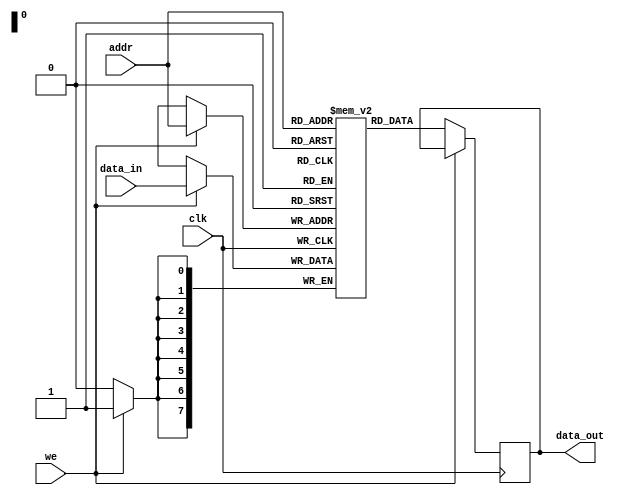
module RAM(
    input wire [7:0] addr,
    input wire [7:0] data_in,
    input wire we,
    input wire clk,
    output reg [7:0] data_out
);

reg [7:0] memory [0:255]; // 256 memory locations of 8 bits each

always @(posedge clk) begin
    if (we) begin
        memory[addr] <= data_in; // Write data to memory at specified address
    end else begin
        data_out <= memory[addr]; // Read data from memory at specified address
    end
end

endmodule